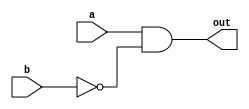
`timescale 1ns/1ps

module Universal_Gate(a, b, out);
input a, b;
output out;

wire b_neg;

not not0(b_neg, b);
and and0(out, a, b_neg);

endmodule

/*
module AND(a, b, out);
input a, b;
output out;

wire b_neg;

NOT m0(b, b_neg);
Universal_Gate m1(a, b_neg, out);

endmodule


module OR(a, b, out);
input a, b;
output out;

wire a_neg, w0;

NOT m0(a, a_neg);
Universal_Gate m1(a_neg, b, w0);
NOT m2(w0, out);

endmodule

module XOR(a, b, out);
input a, b;
output out;

wire a_neg, b_neg, w0, w1;

NOT m0(a, a_neg);
NOT m1(b, b_neg);

AND m2(a, b_neg, w0);
AND m3(a_neg, b, w1);

OR m4(w0, w1, out);

endmodule

module NAND(a, b, out);
input a, b;
output out;

wire w0;

AND m0(a, b, w0);
NOT m1(w0, out);

endmodule

module NOR(a, b, out);
input a, b;
output out;

wire w0;

OR m0(a, b, w0);
NOT m1(w0, out);

endmodule

module XNOR(a, b, out);
input a, b;
output out;

wire a_neg, b_neg, w0, w1;

NOT m0(a, a_neg);
NOT m1(b, b_neg);

AND m2(a_neg, b_neg, w0);
AND m3(a, b, w1);

OR m4(w0, w1, out);

endmodule

module NOT(a, out);
input a;
output out;

Universal_Gate m0(1'b1, a, out);

endmodule*/